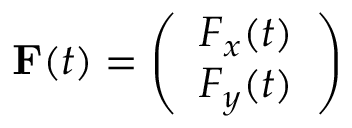
\mathbf { { F } } ( t ) = \left( \begin{array} { l } { F _ { x } ( t ) } \\ { F _ { y } ( t ) } \end{array} \right)